NAE_EAA_P-553_Koit_kolhoos, lk 22
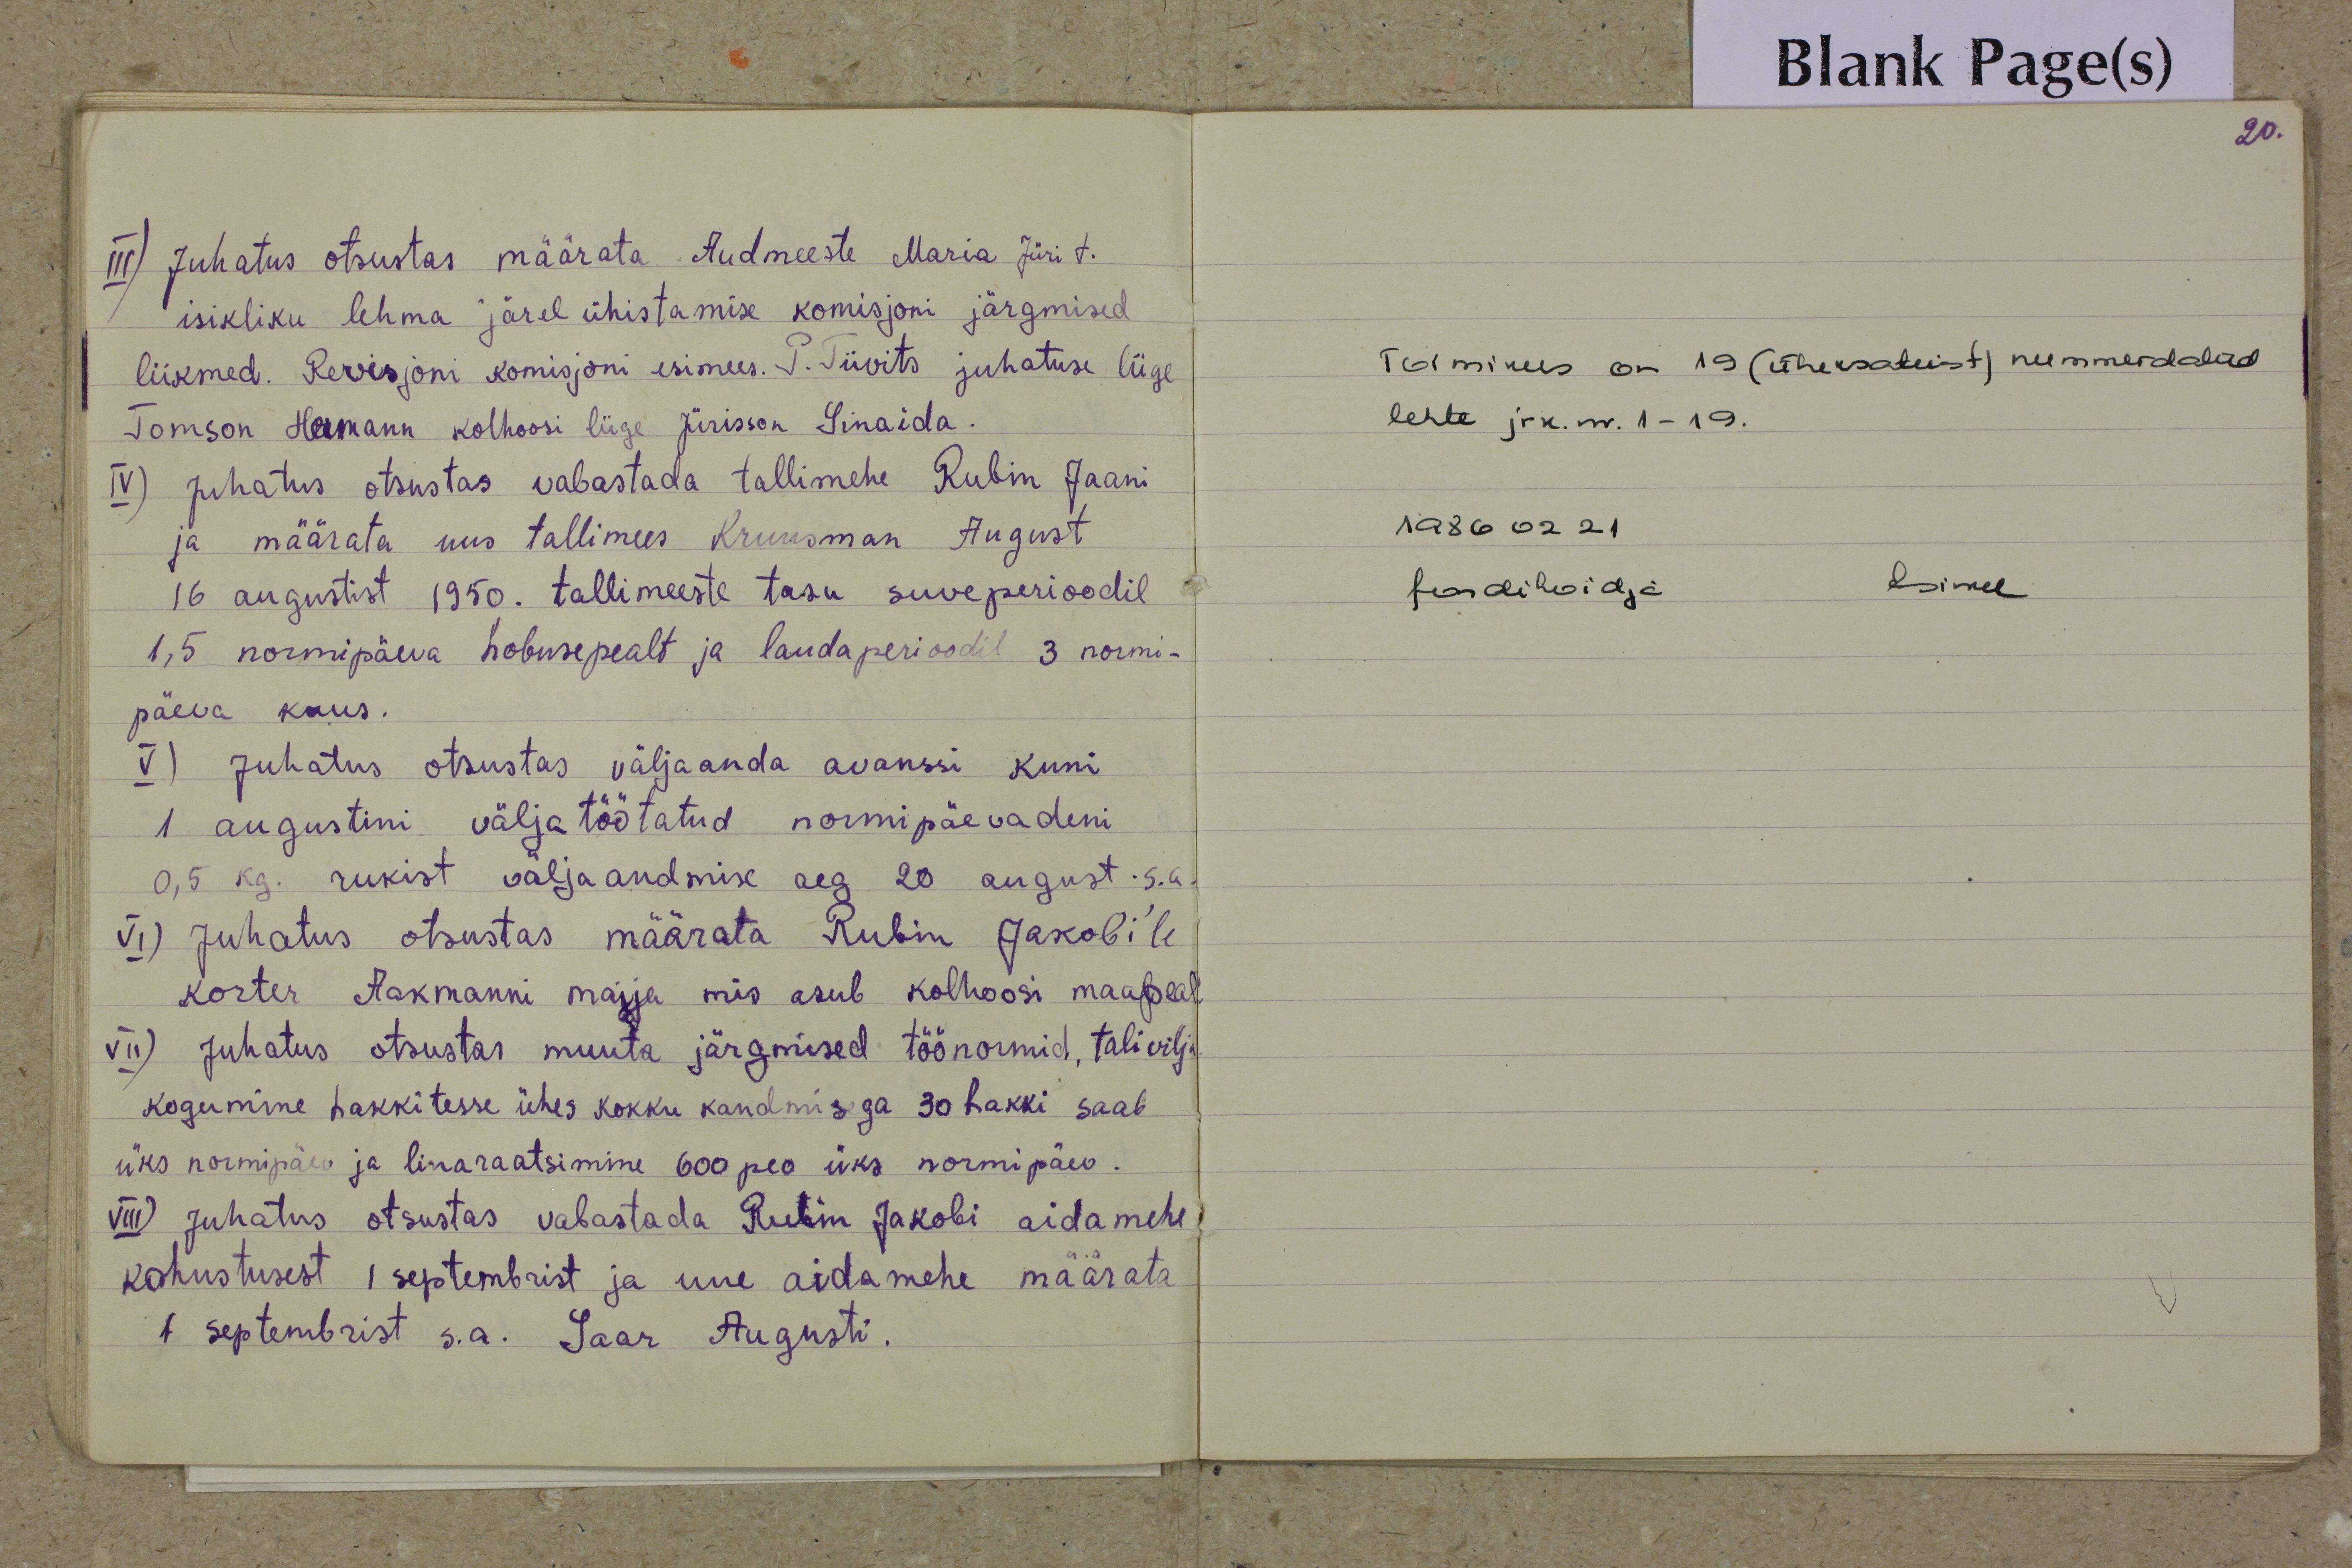
III) Juhatus otsustas määrata Audmeeste Maria Jüri t.
isikliku lehma järel ühistamise komisjoni järgmised
liikmed. Revisjoni komisjoni esimees. P. Tiivits juhatuse liige
Tomson Hermann kolhoosi liige Jürisson Sinaida.
IV) Juhatus otsustas vabastada tallimehe Rubin Jaani
ja määrata uus tallimees Kruusman August
16 augustist 1950. tallimeeste tasu suveperioodil
1,5 normipäeva hobusepealt ja laudaperioodil 3 normi-
päeva kuus.
V) Juhatus otsustas väljaanda avanssi kuni
1 augustini väljatöötatud normipäevadeni
0,5 kg. rukist väljaandmise aeg 20 august s.a.
VI) Juhatus otsustas määrata Rubin Jakob'ile
korter Aakmanni majja mis asub kolhoosi maapeal
VII) Juhatus otsustas muuta järgmised töönormid, talivilja
kogumine hakkitesse ühes kokku kandmisega 30 hakki saab
üks normipäev ja linaraatsimine 600 pea üks normipäev.
VIII) Juhatus otsustas vabastada Rubin Jakobi aidamehe,
kohustusest 1 septembrist ja uue aidamehe määrata
1 septembrist s.a. Saar Augusti.

Blank Page(s)
20.
Toimikus on 19 (üheksateist) nummerdatud
lehte jrk. nr. 1-19.
1986 02 21
fondihoidja
Esimee